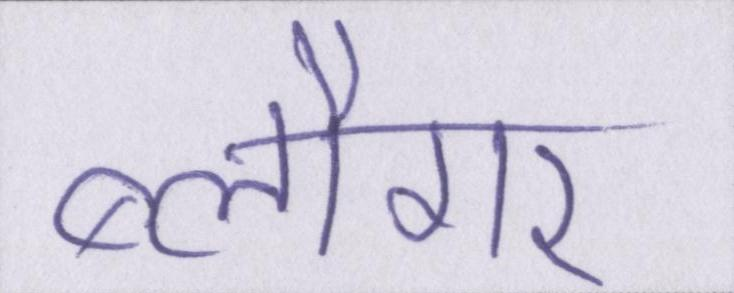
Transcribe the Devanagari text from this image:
ब्लौगर